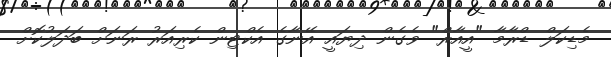
މެޑިކަލް ޑްރާމާ "އީއާރް" ވެގެން ދިޔައީ އޭނާގެ އެކްޓިން ކެރިއަރު ރަނަށް ބަދަލުކޮށް